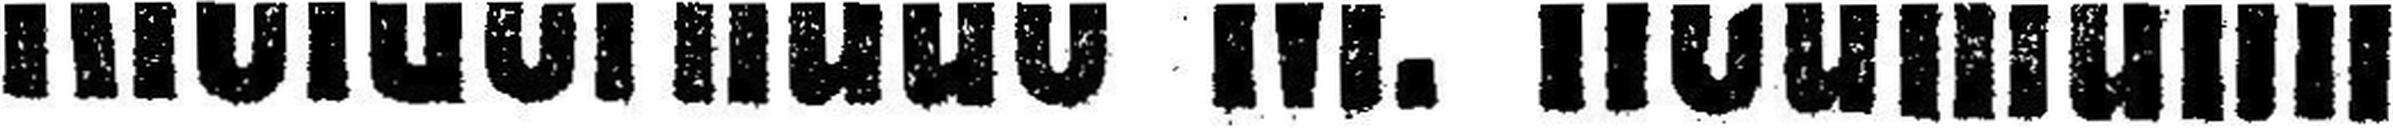
Kleiderhaus M. Neumann